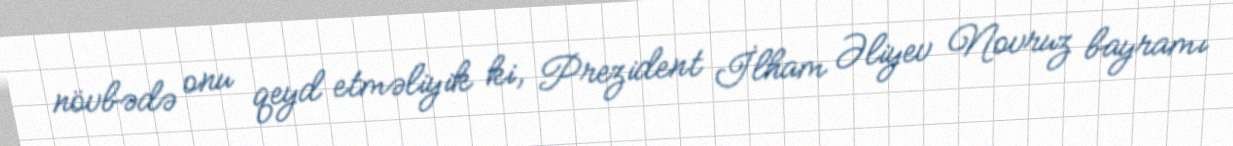
növbədə onu qeyd etməliyik ki, Prezident İlham Əliyev Novruz bayramı